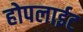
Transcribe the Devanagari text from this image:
होपलाईट